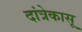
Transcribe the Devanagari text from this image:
दांत्रेकासू